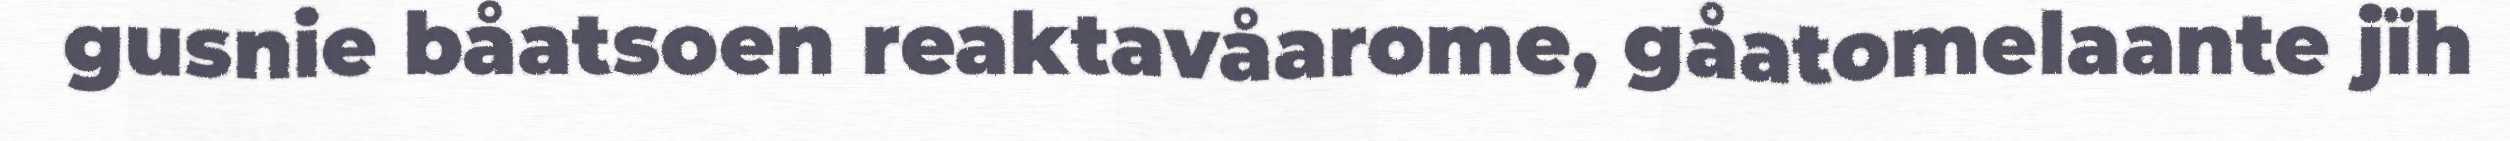
gusnie båatsoen reaktavåarome, gåatomelaante jïh